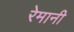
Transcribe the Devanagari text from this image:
रेमानी